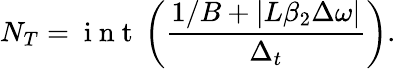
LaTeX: N_{T}=\mathrm{~i~n~t~}\left(\frac{1/B+\vert L\beta_{2}\Delta\omega\vert}{\Delta_{t}}\right).